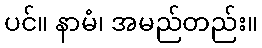
ပင်။ နာမံ၊ အမည်တည်း။